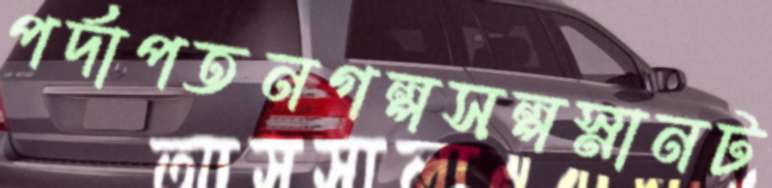
পর্দাপতনগল্পসল্পস্নানট